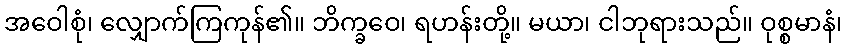
အဝေါစုံ၊ လျှောက်ကြကုန်၏။ ဘိက္ခဝေ၊ ရဟန်းတို့။ မယာ၊ ငါဘုရားသည်။ ဝုစ္စမာနံ၊